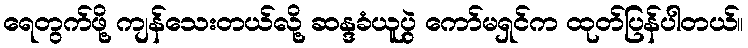
ရေတွက်ဖို့ ကျန်သေးတယ်လို့ ဆန္ဒခံယူပွဲ ကော်မရှင်က ထုတ်ပြန်ပါတယ်။